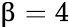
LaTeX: \upbeta=4